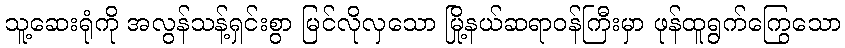
သူ့ဆေးရုံကို အလွန်သန့်ရှင်းစွာ မြင်လိုလှသော မြို့နယ်ဆရာဝန်ကြီးမှာ ဖုန်ထူရွက်ကြွေသော